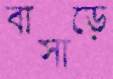
বাসাড়ে